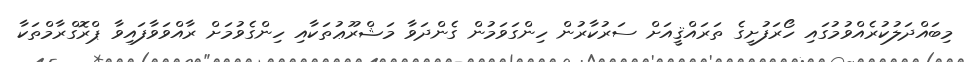
މިބައްދަލުކުރެއްވުމުގައި ހޯރަފުށީގެ ތަރައްޤީއަށް ސަރުކާރުން ހިންގަވަމުން ގެންދަވާ މަޝްރޫޢުތަކާއި ހިންގެވުމަށް ރާއްވަވާފައިވާ ޕްރޮގްރާމްތަކާ